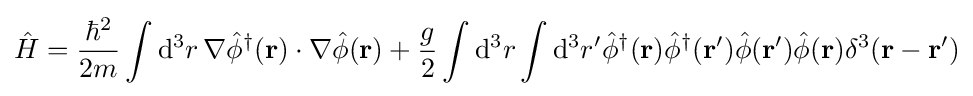
{\hat {H}}={\frac {\hbar ^{2}}{2m}}\int \mathrm {d} ^{3}r\,\nabla {\hat {\phi }}^{\dagger }(\mathbf {r} )\cdot \nabla {\hat {\phi }}(\mathbf {r} )+{\frac {g}{2}}\int \mathrm {d} ^{3}r\int \mathrm {d} ^{3}r'{\hat {\phi }}^{\dagger }(\mathbf {r} ){\hat {\phi }}^{\dagger }(\mathbf {r} '){\hat {\phi }}(\mathbf {r} '){\hat {\phi }}(\mathbf {r} )\delta ^{3}(\mathbf {r} -\mathbf {r} ')